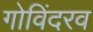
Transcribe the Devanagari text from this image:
गोविंदरव